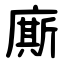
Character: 廝